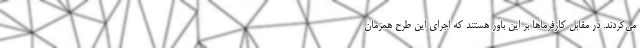
می‌کردند. در مقابل کارفرماها بر این باور هستند که اجرای این طرح همزمان